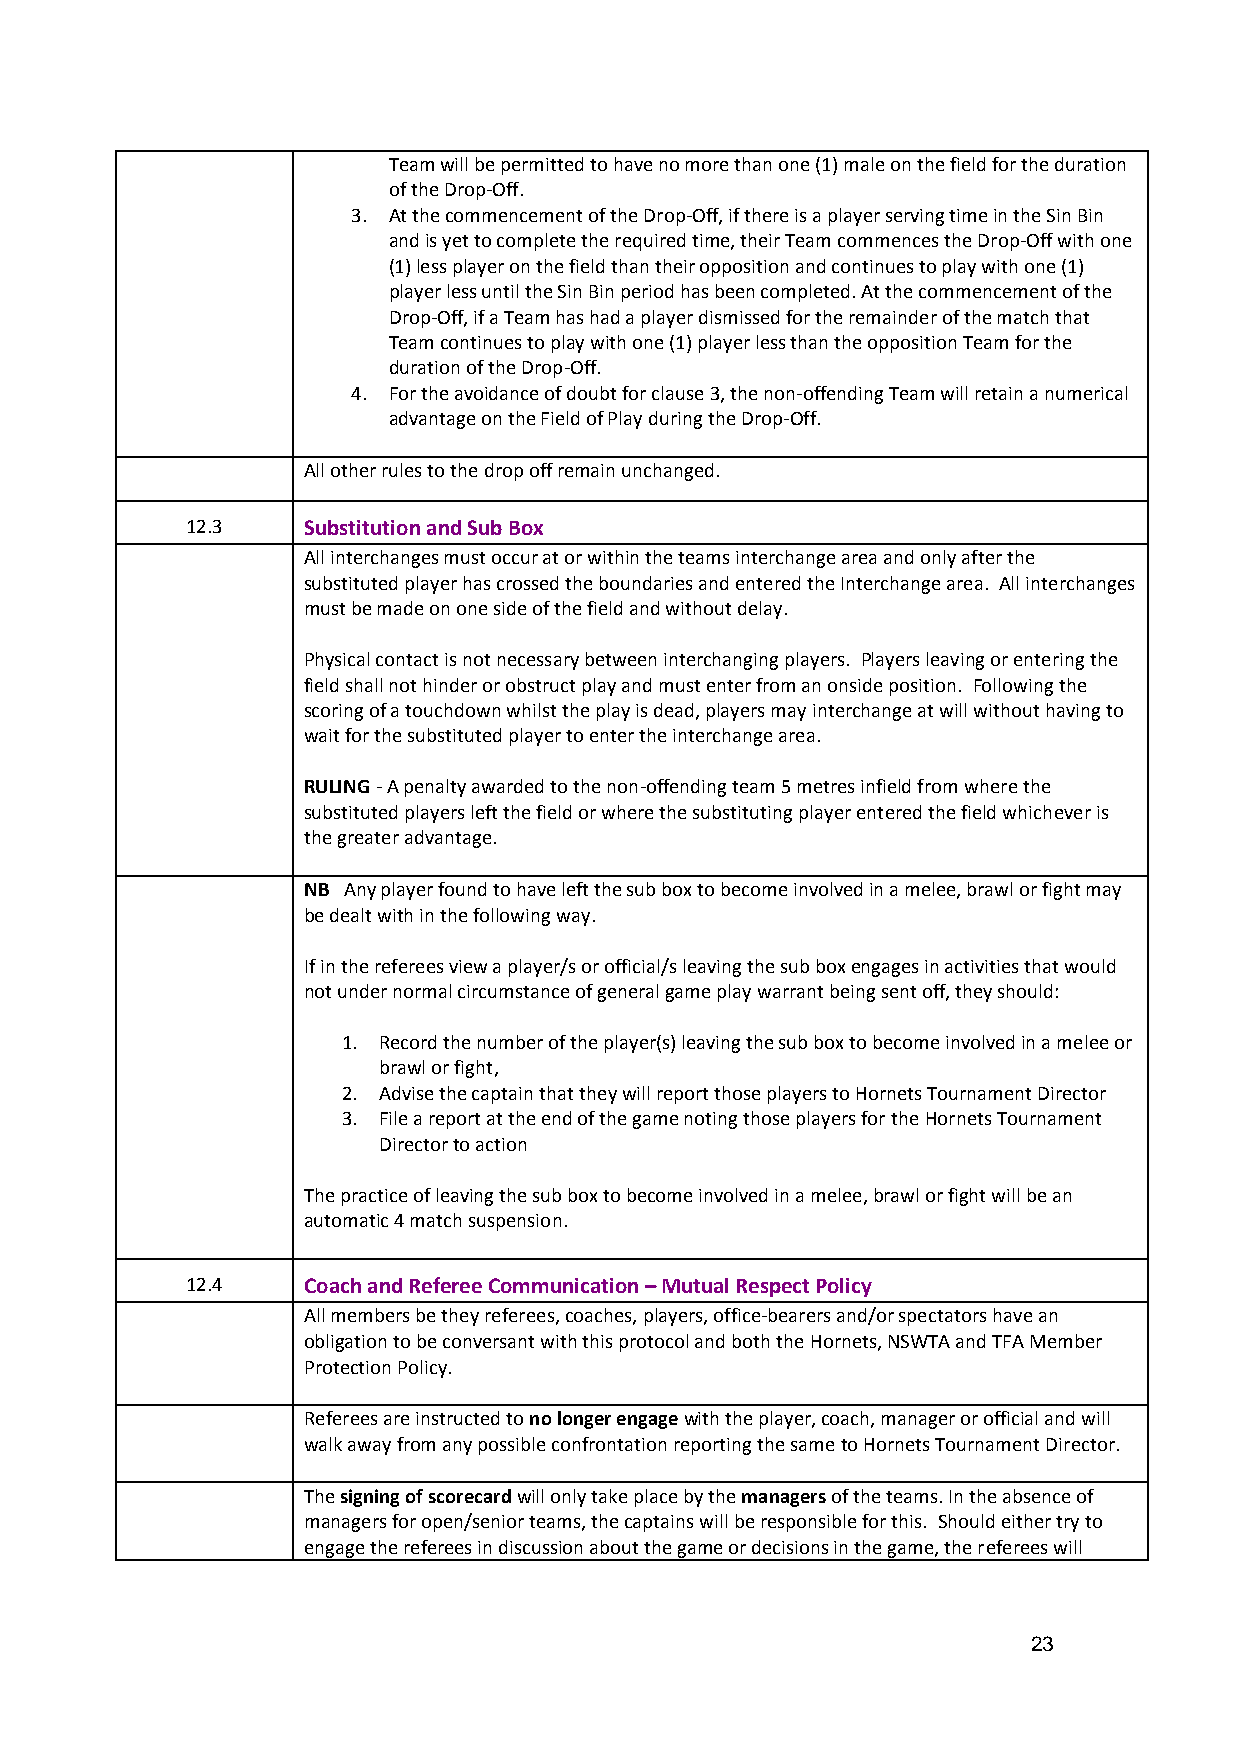
Team will be permitted to have no more than one (1) male on the field for the duration
 of the Drop-Off.
 3. At the commencement of the Drop-Off, if there is a player serving time in the Sin Bin
 and is yet to complete the required time, their Team commences the Drop-Off with one
 (1) less player on the field than their opposition and continues to play with one (1)
 player less until the Sin Bin period has been completed. At the commencement of the
 Drop-Off, if a Team has had a player dismissed for the remainder of the match that
 Team continues to play with one (1) player less than the opposition Team for the
 duration of the Drop-Off.
 4. For the avoidance of doubt for clause 3, the non-offending Team will retain a numerical
 advantage on the Field of Play during the Drop-Off.
 All other rules to the drop off remain unchanged.
 12.3    Substitution and Sub Box
 All interchanges must occur at or within the teams interchange area and only after the
 substituted player has crossed the boundaries and entered the Interchange area. All interchanges
 must be made on one side of the field and without delay.
 Physical contact is not necessary between interchanging players. Players leaving or entering the
 field shall not hinder or obstruct play and must enter from an onside position. Following the
 scoring of a touchdown whilst the play is dead, players may interchange at will without having to
 wait for the substituted player to enter the interchange area.
 RULING - A penalty awarded to the non-offending team 5 metres infield from where the
 substituted players left the field or where the substituting player entered the field whichever is
 the greater advantage.
 NB Any player found to have left the sub box to become involved in a melee, brawl or fight may
 be dealt with in the following way.
 If in the referees view a player/s or official/s leaving the sub box engages in activities that would
 not under normal circumstance of general game play warrant being sent off, they should:
 1. Record the number of the player(s) leaving the sub box to become involved in a melee or
 brawl or fight,
 2. Advise the captain that they will report those players to Hornets Tournament Director
 3. File a report at the end of the game noting those players for the Hornets Tournament
 Director to action
 The practice of leaving the sub box to become involved in a melee, brawl or fight will be an
 automatic 4 match suspension.
 12.4    Coach and Referee Communication – Mutual Respect Policy
 All members be they referees, coaches, players, office-bearers and/or spectators have an
 obligation to be conversant with this protocol and both the Hornets, NSWTA and TFA Member
 Protection Policy.
 Referees are instructed to no longer engage with the player, coach, manager or official and will
 walk away from any possible confrontation reporting the same to Hornets Tournament Director.
 The signing of scorecard will only take place by the managers of the teams. In the absence of
 managers for open/senior teams, the captains will be responsible for this. Should either try to
 engage the referees in discussion about the game or decisions in the game, the referees will
 23